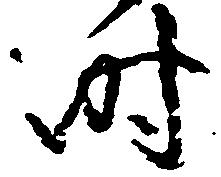
時